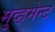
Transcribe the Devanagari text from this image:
मुव्हमेन्ट